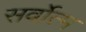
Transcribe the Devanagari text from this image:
सर्वोत्‍म